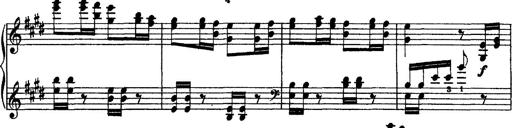
Title: Grandes Ã©tudes de Paganini
Composer: Franz Liszt